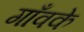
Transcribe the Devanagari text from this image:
गाँवके